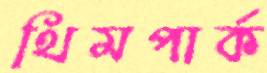
থিমপার্ক